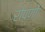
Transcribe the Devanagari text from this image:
रोपणों